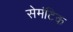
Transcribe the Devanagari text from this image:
सेमंटिक